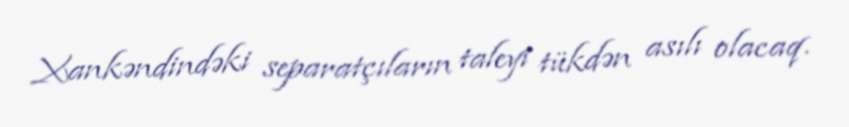
Xankəndindəki separatçıların taleyi tükdən asılı olacaq.